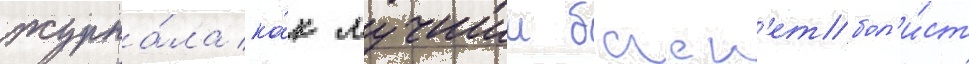
журна́ла ка́к лучшии баск'етбол'и́ст